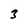
Character: 3